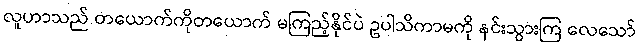
လူဟာသည် တယောက်ကိုတယောက် မကြည့်နိုင်ပဲ ဥပါသိကာမကို နင်းသွားကြ လေသော်